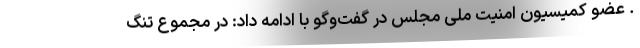
. عضو کمیسیون امنیت ملی مجلس در گفت‌وگو با ادامه داد: در مجموع تنگ